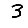
Digit: 3